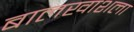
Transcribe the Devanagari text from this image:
बालखाशला